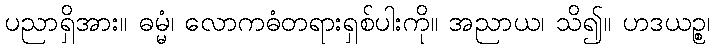
ပညာရှိအား။ ဓမ္မံ၊ လောကဓံတရားရှစ်ပါးကို။ အညာယ၊ သိ၍။ ဟဒယဉ္စ၊